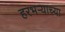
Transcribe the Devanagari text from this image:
हरभऱ्याच्या